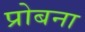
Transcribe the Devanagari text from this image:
प्रोबना